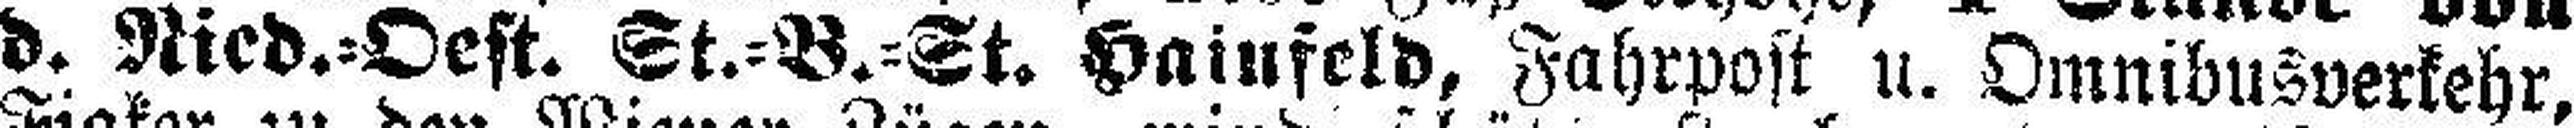
d. Nied.=Oest. St.=B.=St. Hainfeld, Fahrpost u. Omnibusverkehr,